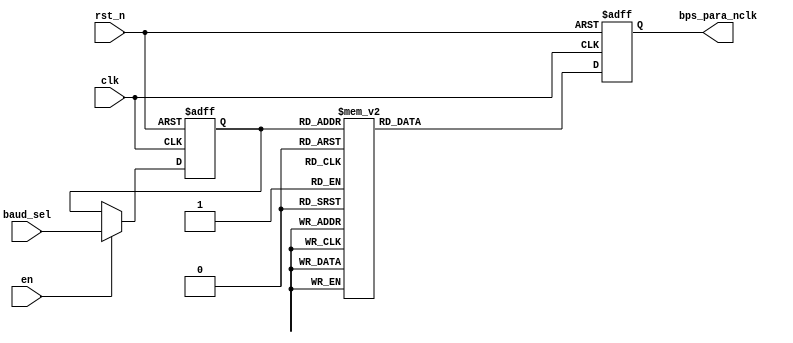
`timescale 1ns / 1ps

module tx_bps_ctrl
#(
	parameter UART_CLK_MHZ = 50
)
(
	input  clk,
	input  rst_n,
	input  en,
	input  [2:0]baud_sel,
	output reg [12:0]bps_para_nclk
);

function integer clogb2 (input integer bit_depth);

for(clogb2 = 0; bit_depth > 0; clogb2 = clogb2 + 1) begin
	bit_depth = bit_depth >> 1;
end

endfunction

localparam	BPS9600_NCLK 	= 1000000 * UART_CLK_MHZ / 9600 - 1,
			BPS19200_NCLK 	= 1000000 * UART_CLK_MHZ / 19200 - 1,
			BPS38400_NCLK 	= 1000000 * UART_CLK_MHZ / 38400 - 1,
			BPS57600_NCLK 	= 1000000 * UART_CLK_MHZ / 57600 - 1,
			BPS115200_NCLK	= 1000000 * UART_CLK_MHZ / 115200 - 1,
			BPS230400_NCLK	= 1000000 * UART_CLK_MHZ / 230400 - 1,
			BPS460800_NCLK	= 1000000 * UART_CLK_MHZ / 460800 - 1,
			BPS921600_NCLK	= 1000000 * UART_CLK_MHZ / 921600 - 1;
			
reg [2:0] r_baud_ctrl;

always @(posedge clk or negedge rst_n) begin
	if(!rst_n) begin
		r_baud_ctrl <= 3'd0;
	end
	else if(en) begin
		r_baud_ctrl <= baud_sel;
	end
end

always @ (posedge clk or negedge rst_n) begin
	if(!rst_n) begin 
		bps_para_nclk <= 12'b0;
	end
	else begin
		case (r_baud_ctrl)
			3'd0: bps_para_nclk <= BPS9600_NCLK;
			3'd1: bps_para_nclk <= BPS19200_NCLK;
			3'd2: bps_para_nclk <= BPS38400_NCLK;
			3'd3: bps_para_nclk <= BPS57600_NCLK;
			3'd4: bps_para_nclk <= BPS115200_NCLK;
			3'd5: bps_para_nclk <= BPS230400_NCLK;
			3'd6: bps_para_nclk <= BPS460800_NCLK;
			3'd7: bps_para_nclk <= BPS921600_NCLK;
			default: bps_para_nclk <= BPS9600_NCLK;
		endcase
	end
end

endmodule


module tx_bps_clk_gen
#(
	parameter UART_CLK_MHZ = 50
)
(
	input  clk,
	input  rst_n,
	input  bps_clk_en,
	input  [12:0]tx_bps_nclk,
	output reg tx_bps_clk
);

reg [12:0]bps_period_cnt;
always @ (posedge clk or negedge rst_n) begin
	if(!rst_n) begin
		bps_period_cnt <= 12'd0;
	end
	else if(bps_clk_en) begin
		if(bps_period_cnt == tx_bps_nclk) begin
			bps_period_cnt <= 12'd0;
		end	
		else begin
			bps_period_cnt <= bps_period_cnt + 1'b1;
		end
	end
end

always @(posedge clk or negedge rst_n) begin
	if(!rst_n) begin
		tx_bps_clk <= 1'b0;
	end
	else if(bps_period_cnt == 1'd1) begin
		tx_bps_clk <= 1'b1;
	end
	else begin
		tx_bps_clk <= 1'b0;
	end
end

endmodule

module uart_tx
#(
	parameter UART_CLK_MHZ = 50
)
(
	input  clk,
	input  rst_n,
	input  [2:0]baud_sel_i,
	input  rs232_tx_start,
	input  [7:0]rs232_tx_data_i,
	output reg rs232_tx_int,
	output reg rs232_tx_o
);

reg rs232_tx_en;
always @(posedge clk or negedge rst_n) begin
	if(!rst_n) begin
		rs232_tx_en <= 0;
	end
	else if(rs232_tx_int) begin
		rs232_tx_en <= 0;
	end
	else if(rs232_tx_start) begin
		rs232_tx_en <= 1;
	end
end

wire [12:0]tx_bps_nclk;
wire tx_bps_clk;

tx_bps_ctrl
#(
	.UART_CLK_MHZ(UART_CLK_MHZ)
)
u_tx_bps_ctrl
(
	.clk(clk),
	.rst_n(rst_n),
	.en(rs232_tx_en),
	.baud_sel(baud_sel_i),
	.bps_para_nclk(tx_bps_nclk)
);

tx_bps_clk_gen
#(
	.UART_CLK_MHZ(UART_CLK_MHZ)
)
u_tx_bps_clk_gen
(
	.clk(clk),
	.rst_n(rst_n),
	.bps_clk_en(rs232_tx_en),
	.tx_bps_nclk(tx_bps_nclk),
	.tx_bps_clk(tx_bps_clk)
);

reg [4:0]bps_clk_cnt;
always@(posedge clk or negedge rst_n) begin
	if(!rst_n) begin
		bps_clk_cnt <= 4'b0;
	end
	else if(bps_clk_cnt == 4'd11) begin
		bps_clk_cnt <= 4'b0;
	end
	else if(tx_bps_clk) begin
		bps_clk_cnt <= bps_clk_cnt + 1'b1;
	end
	else begin
		bps_clk_cnt <= bps_clk_cnt;
	end
end

always@(posedge clk or negedge rst_n) begin
	if(!rst_n) begin
		rs232_tx_int <= 1'b0;
	end
	else if(bps_clk_cnt == 4'd11) begin
		rs232_tx_int <= 1'b1;
	end
	else begin
		rs232_tx_int <= 1'b0;
	end
end

reg [7:0]rs232_tx_data_r;
always@(posedge clk or negedge rst_n) begin
	if(!rst_n) begin
		rs232_tx_data_r = 8'd0;
	end
	else if(tx_bps_clk & bps_clk_cnt == 4'd1) begin
		rs232_tx_data_r <= rs232_tx_data_i;
	end
end
  
always@(posedge clk or negedge rst_n) begin
	if(!rst_n)  
		rs232_tx_o <= 1'b1;
	else begin
		case(bps_clk_cnt)
			4'd1: rs232_tx_o <= 1'b0;
			4'd2: rs232_tx_o <= rs232_tx_data_r[0];
			4'd3: rs232_tx_o <= rs232_tx_data_r[1];
			4'd4: rs232_tx_o <= rs232_tx_data_r[2];  
			4'd5: rs232_tx_o <= rs232_tx_data_r[3];
			4'd6: rs232_tx_o <= rs232_tx_data_r[4];
			4'd7: rs232_tx_o <= rs232_tx_data_r[5];
			4'd8: rs232_tx_o <= rs232_tx_data_r[6];
			4'd9: rs232_tx_o <= rs232_tx_data_r[7];
			4'd10: rs232_tx_o <= 1'b1;
			default:rs232_tx_o <= 1'b1;
		endcase
	end
end

endmodule